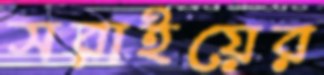
সরাইয়ের